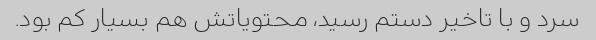
سرد و با تاخیر دستم رسید، محتویاتش هم بسیار کم بود.